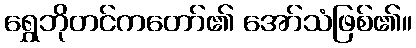
ရွှေဘိုတင်ကတော်၏ အော်သံဖြစ်၏။